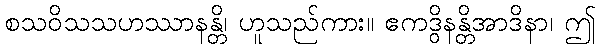
စသဝိသသဟဿာနန္တိ၊ ဟူသည်ကား။ ဧကဒွိနန္တိအာဒိနာ၊ ဤ